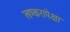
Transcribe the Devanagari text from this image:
लष्करापेक्षा